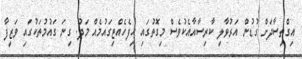
އިގްތިސާދަށް ގުޑުން އަރުވާލި ކާރިސާއާއެކުވެސް މިގޮތުގައި ހިފެހެއްޓިގައުމެއް މަދު. ގިނަ ގައުމުތަކުގައި ވަޒީފާ